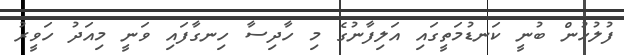
ފުލުހުން ބުނީ ކަނޑުމަތީގައި އަލިފާނުގެ މި ހާދިސާ ހިނގާފައި ވަނީ މިއަދު ހަވީރު